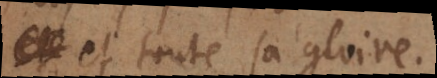
et toute sa gloire.